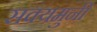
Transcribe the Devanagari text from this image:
सक्यमुनी